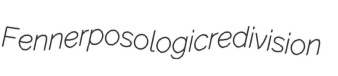
Fenner posologic redivision